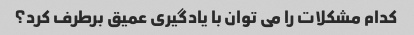
کدام مشکلات را می توان با یادگیری عمیق برطرف کرد؟